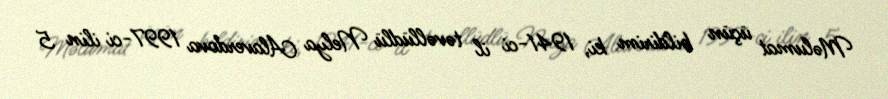
Məlumat üçün bildirim ki, 1941-ci il təvəllüdlü Nelya Alaverdova 1997-ci ilin 5